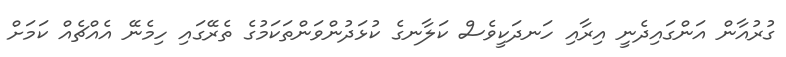
ގުރުއާން އަންގައިދެނީ އިރާއި ހަނދަކީވެސް ކަލާނގެ ކުޅަދުންވަންތަކަމުގެ ތެރޭގައި ހިމެނޭ އެއްޗެއް ކަމަށް